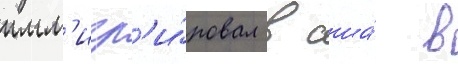
имм'игр'и́ровал в сша́ в